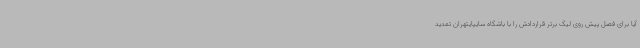
آیا برای فصل پیش روی لیگ برتر قراردادش را با باشگاه سایپایتهران تمدید